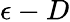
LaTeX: \epsilon-D